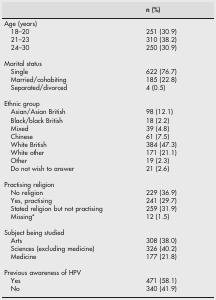
<table><thead><tr><td></td><td><b>n (%)</b></td></tr></thead><tbody><tr><td>Age (years)</td><td></td></tr><tr><td> 18–20</td><td>251 (30.9)</td></tr><tr><td> 21–23</td><td>310 (38.2)</td></tr><tr><td> 24–30</td><td>250 (30.9)</td></tr><tr><td>Marital status</td><td></td></tr><tr><td> Single</td><td>622 (76.7)</td></tr><tr><td> Married/cohabiting</td><td>185 (22.8)</td></tr><tr><td> Separated/divorced</td><td>4 (0.5)</td></tr><tr><td>Ethnic group</td><td></td></tr><tr><td> Asian/Asian British</td><td>98 (12.1)</td></tr><tr><td> Black/black British</td><td>18 (2.2)</td></tr><tr><td> Mixed</td><td>39 (4.8)</td></tr><tr><td> Chinese</td><td>61 (7.5)</td></tr><tr><td> White British</td><td>384 (47.3)</td></tr><tr><td> White other</td><td>171 (21.1)</td></tr><tr><td> Other</td><td>19 (2.3)</td></tr><tr><td> Do not wish to answer</td><td>21 (2.6)</td></tr><tr><td>Practising religion</td><td></td></tr><tr><td> No religion</td><td>229 (36.9)</td></tr><tr><td> Yes, practising</td><td>241 (29.7)</td></tr><tr><td> Stated religion but not practising</td><td>259 (31.9)</td></tr><tr><td> Missing*</td><td>12 (1.5)</td></tr><tr><td>Subject being studied</td><td></td></tr><tr><td> Arts</td><td>308 (38.0)</td></tr><tr><td> Sciences (excluding medicine)</td><td>326 (40.2)</td></tr><tr><td> Medicine</td><td>177 (21.8)</td></tr><tr><td>Previous awareness of HPV</td><td></td></tr><tr><td> Yes</td><td>471 (58.1)</td></tr><tr><td> No</td><td>340 (41.9)</td></tr></tbody></table>